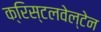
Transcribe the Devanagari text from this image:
क्रिस्टलवेल्टेन